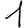
Digit: 1